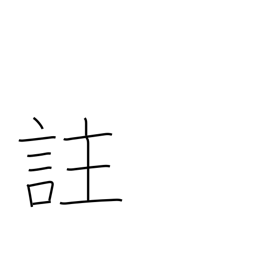
Meaning: comment